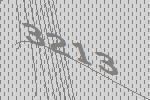
3213